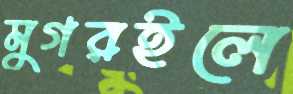
মুগরইলে